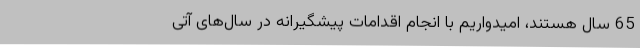
65 سال هستند، امیدواریم با انجام اقدامات پیشگیرانه در سال‌های آتی